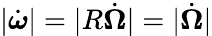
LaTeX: |\dot{\boldsymbol{\omega}}|=|R\dot{\boldsymbol{\Omega}}|=|\dot{\boldsymbol{\Omega}}|